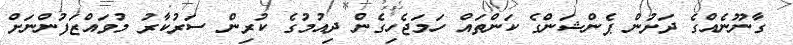
ގާނޫނެއްގެ ދަށުން ޕެންޝަންގެ ކަންތައް ހަމަޖެހިގެން ދިއުމުގެ ކުރިން ސަރުކާރު މުވައްޒަފުންނަށް